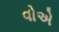
વોએ